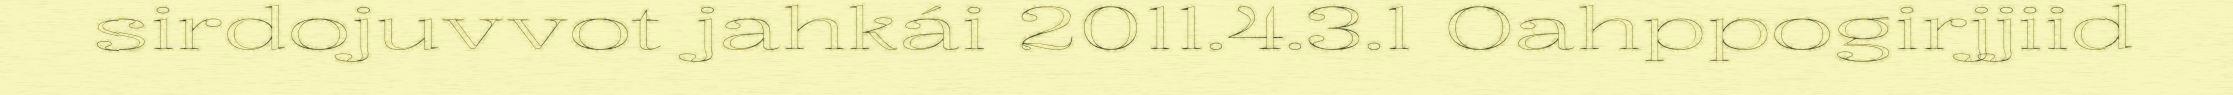
sirdojuvvot jahkái 2011.4.3.1 Oahppogirjjiid